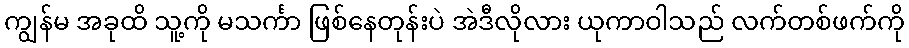
ကျွန်မ အခုထိ သူ့ကို မသင်္ကာ ဖြစ်နေတုန်းပဲ အဲဒီလိုလား ယုကာဝါသည် လက်တစ်ဖက်ကို